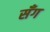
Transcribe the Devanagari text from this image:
सँग